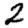
Digit: 2